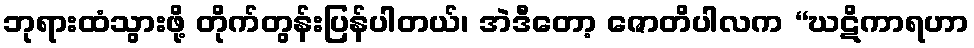
ဘုရားထံသွားဖို့ တိုက်တွန်းပြန်ပါတယ်၊ အဲဒီတော့ ဇောတိပါလက “ဃဋိကာရဟာ